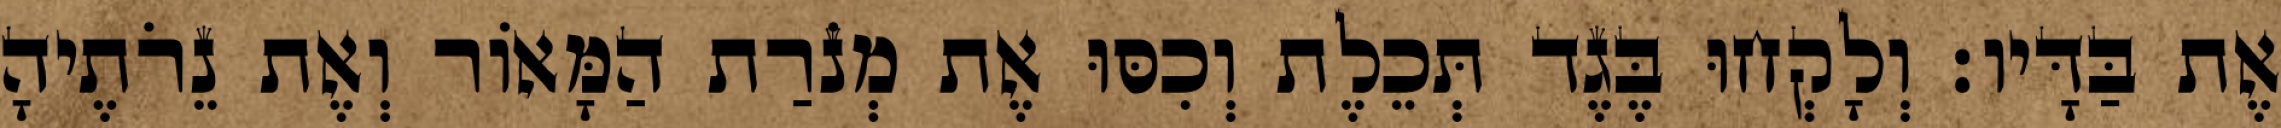
אֶת בַּדָּיו׃ וְלָקְחוּ בֶּגֶד תְּכֵלֶת וְכִסּוּ אֶת מְנֹרַת הַמָּאוֹר וְאֶת נֵרֹתֶיהָ